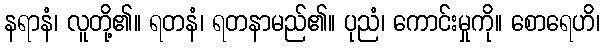
နရာနံ၊ လူတို့၏။ ရတနံ၊ ရတနာမည်၏။ ပုညံ၊ ကောင်းမှုကို။ စောရေဟိ၊